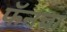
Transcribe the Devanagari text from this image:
फॅनचा